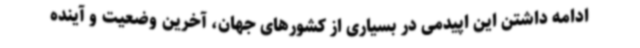
ادامه داشتن این اپیدمی در بسیاری از کشورهای جهان، آخرین وضعیت و آینده